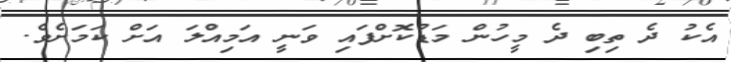
އެކު ދެ ތިބި ދެ މީހުން މަޑުކޮށްފައި ވަނީ އަމިއްލަ އަށް ކަމަށެވެ.